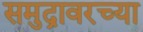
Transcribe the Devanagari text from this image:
समुद्रावरच्या